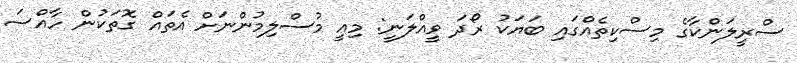
ސްރީލަންކާގެ މިސްކިތެއްގައި ބަޔަކު ރޯދަ ވީއްލަނީ: މިއީ މުސްލިމުންނަށް އެތައް ގޮތަކުން ހާއްސަ